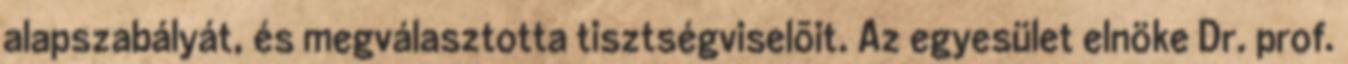
alapszabályát, és megválasztotta tisztségviselõit. Az egyesület elnöke Dr. prof.